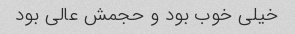
خیلی خوب بود و حجمش عالی بود